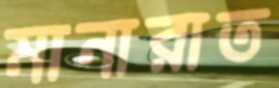
মানারাত